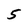
Character: 5